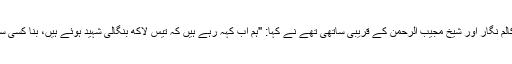
مئی 1973 میں ، عبدالغفار چوہدری جو کہ ایک مشہور کالم نگار اور شیخ مجیب الرحمٰن کے قریبی ساتھی تھے نے کہا: "ہم اب کہہ رہے ہیں کہ تیس لاکھ بنگالی شہید ہوئے ہیں، بنا کسی سروے کہ ہم کہہ رہے کہ تیس لاکھ بنگالی قتل ہوئے ہیں"۔